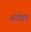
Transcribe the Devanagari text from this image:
अंटोइन